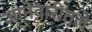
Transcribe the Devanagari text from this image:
जानेवारीतले